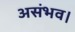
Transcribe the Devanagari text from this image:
असंभव।